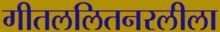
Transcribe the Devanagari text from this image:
गीतललितनरलीला